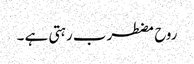
روح مضطرب رہتی ہے ۔